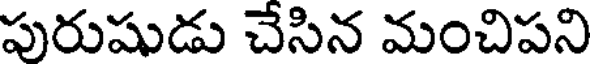
పురుషుడు చేసిన మంచిపని